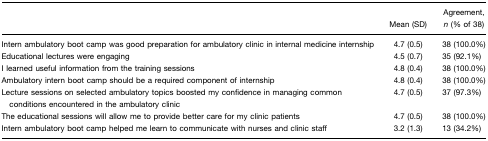
<table><thead><tr><td></td><td><b>Mean (SD)</b></td><td><b>Agreement, <i>n</i> (% of 38)</b></td></tr></thead><tbody><tr><td>Intern ambulatory boot camp was good preparation for ambulatory clinic in internal medicine internship</td><td>4.7 (0.5)</td><td>38 (100.0%)</td></tr><tr><td>Educational lectures were engaging</td><td>4.5 (0.7)</td><td>35 (92.1%)</td></tr><tr><td>I learned useful information from the training sessions</td><td>4.8 (0.4)</td><td>38 (100.0%)</td></tr><tr><td>Ambulatory intern boot camp should be a required component of internship</td><td>4.8 (0.4)</td><td>38 (100.0%)</td></tr><tr><td>Lecture sessions on selected ambulatory topics boosted my confidence in managing common conditions encountered in the ambulatory clinic</td><td>4.7 (0.5)</td><td>37 (97.3%)</td></tr><tr><td>The educational sessions will allow me to provide better care for my clinic patients</td><td>4.7 (0.5)</td><td>38 (100.0%)</td></tr><tr><td>Intern ambulatory boot camp helped me learn to communicate with nurses and clinic staff</td><td>3.2 (1.3)</td><td>13 (34.2%)</td></tr></tbody></table>